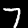
Label: 7